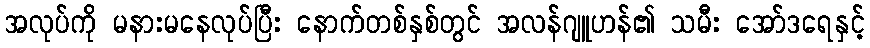
အလုပ်ကို မနားမနေလုပ်ပြီး နောက်တစ်နှစ်တွင် အလန်ဂျူဟန်၏ သမီး အော်ဒရေနှင့်